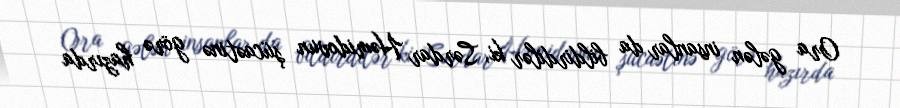
Ora gələn insanlar da bildirdilər ki, Sərdar Həmidovun şücaətinə görə hazırda